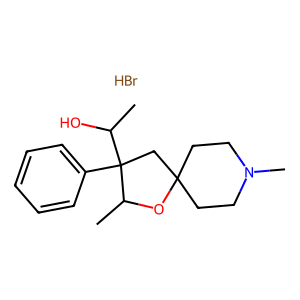
SMILES: Br.CC(O)C1(c2ccccc2)CC2(CCN(C)CC2)OC1C
Inhibits HIV replication: No